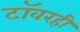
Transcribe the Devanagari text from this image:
टॉवरही